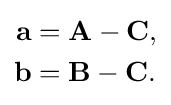
{\begin{aligned}\mathbf {a} &=\mathbf {A} -\mathbf {C} ,\\\mathbf {b} &=\mathbf {B} -\mathbf {C} .\end{aligned}}